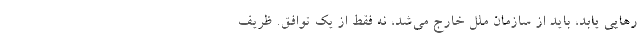
رهایی یابد، باید از سازمان ملل خارج می‌شد، نه فقط از یک توافق. ظریف